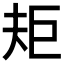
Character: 𭑌